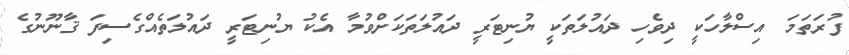
ފުރަތަމަ އިސްލާހަކީ ދިވެހި ދައުލަތަކީ ޔުނިޓަރީ ދައުލަތަކަށްވުމާ އެކު ޔުނިޓަރީ ދައުލަތެއްގެސިފަ ޤާނޫނުގެ